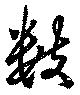
数